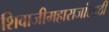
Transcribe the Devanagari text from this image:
शिवाजीमहाराजांसाठी